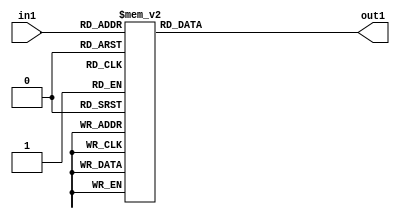
module decoder_7seg(in1,out1);

input [3:0] in1;
output reg [6:0] out1;

always @ (in1)
	case (in1)
4'b0000 : out1=7'b1000000;
4'b0001 : out1=7'b1111001;
4'b0010 : out1=7'b0100100;
4'b0011 : out1=7'b0110000;
4'b0100 : out1=7'b0011001;
4'b0101 : out1=7'b0010010;
4'b0110 : out1=7'b0000010;
4'b0111 : out1=7'b1111000;
4'b1000 : out1=7'b0000000;
4'b1001 : out1=7'b0010000;
4'b1010 : out1=7'b0001000;
4'b1011 : out1=7'b0000011;
4'b1100 : out1=7'b1000110;
4'b1101 : out1=7'b0100001;
4'b1110 : out1=7'b0000110;
4'b1111 : out1=7'b0001110;
endcase
endmodule